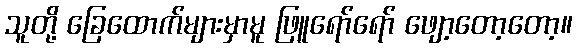
သူတို့ ခြေထောက်များမှာမူ ဖြူရော်ရော် ဖျော့တော့တော့။